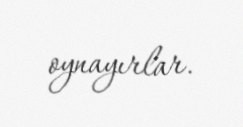
oynayırlar.